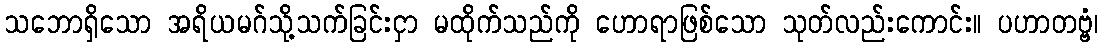
သဘောရှိသော အရိယမဂ်သို့သက်ခြင်းငှာ မထိုက်သည်ကို ဟောရာဖြစ်သော သုတ်လည်းကောင်း။ ပဟာတဗ္ဗံ၊